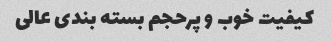
کیفیت خوب و پرحجم بسته بندی عالی